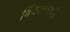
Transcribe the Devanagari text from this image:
बिंबराजाके